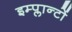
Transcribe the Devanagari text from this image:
इम्प्लान्टों